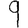
Digit: 9